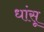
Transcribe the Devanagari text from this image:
धांसू